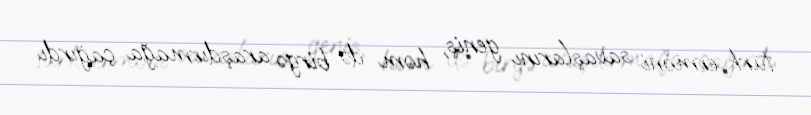
türk-erməni savaşlarını geniş, həm də birgə araşdırmağa çağırdı.